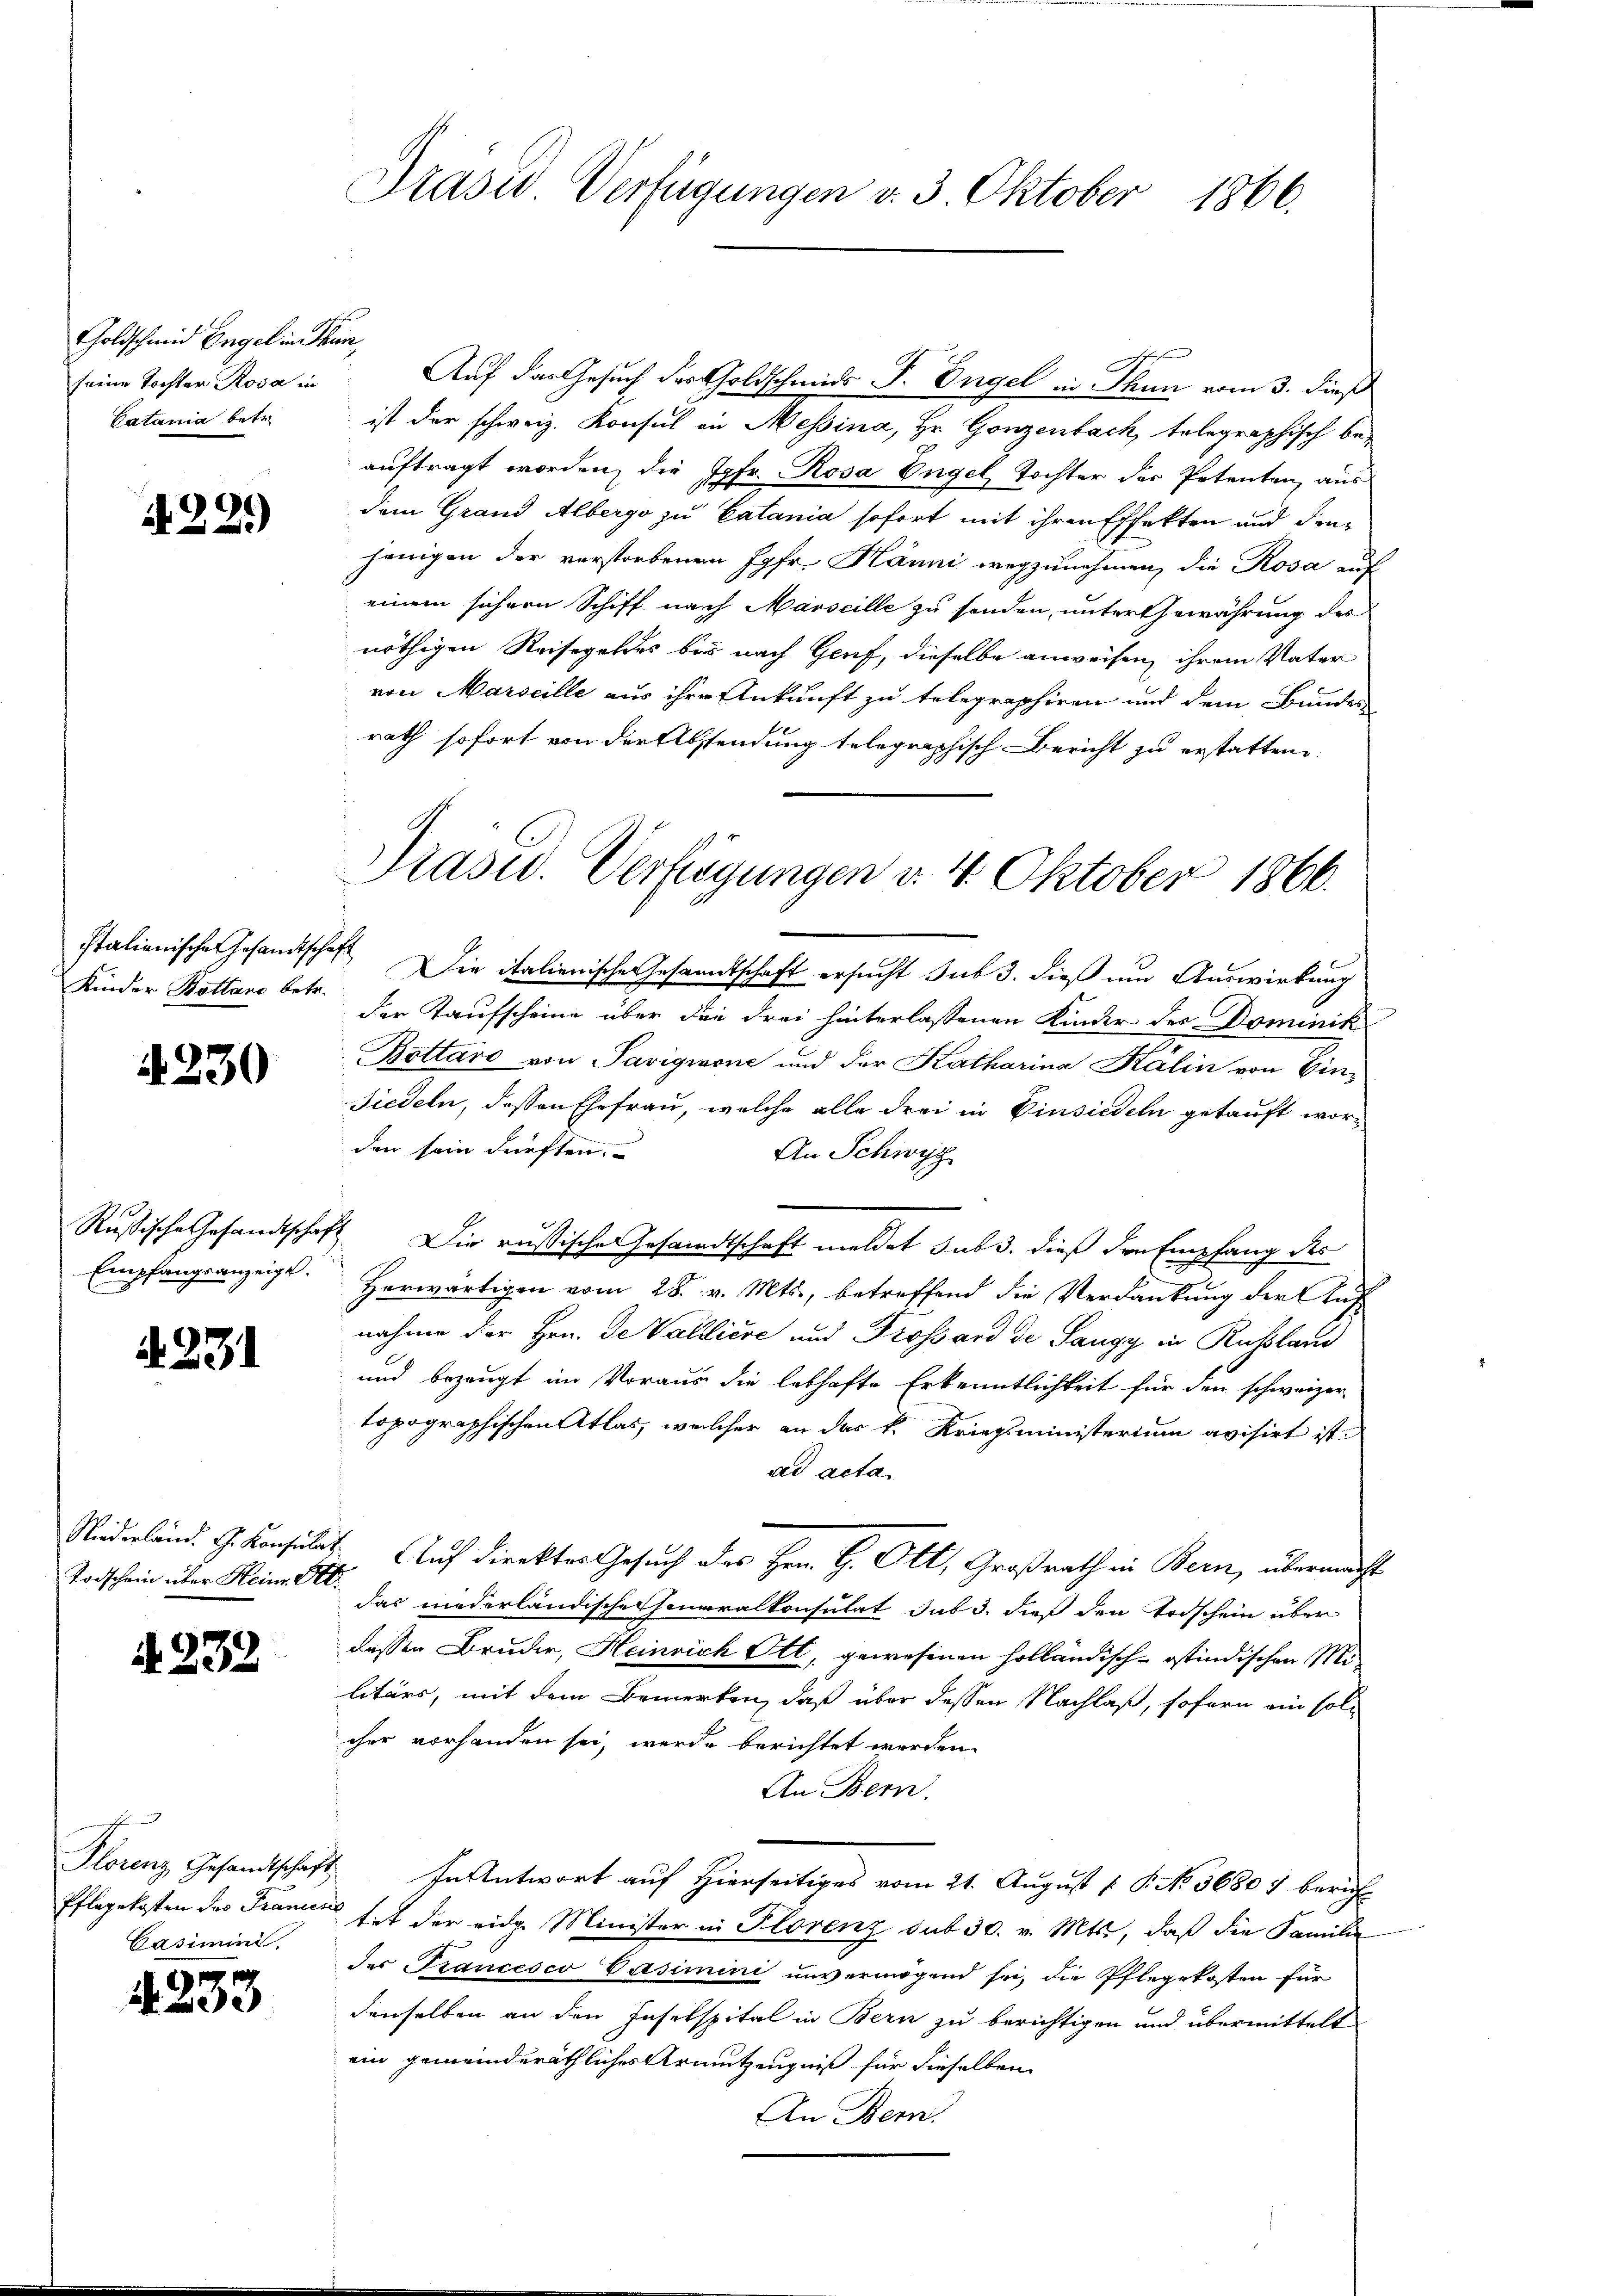
Goldschmid Engel in Thun,
seine Tochter Rosa in
Catania betr.

22.)

Kinder Bottano betr.

4230

Empfangsanzeigt.

A 231

Todschein über Heine Art.

d. 232

Plorenz Gesandtschaft
Pflegekosten des Frances
Casimini

1
 33

Präsid. Verfügungen v. 3. Oktober 1866.

Auf das Gesuch der Goldschmids P. Engel in Thun vom 3. dieß
ist der schweiz. Konsul in Messina, Hr. Gonzenbach, telegraphisch beauftragt worden, die Jgfr. Rosa Engel, Tochter der Petenten, aus
dem Grand Albergo zu Catania sofort mit ihren Effekten und diejenigen der verstorbenen Jgfr. Hänni wegzunehmen, die Rosa auf
einem sichern Schiff nach Marseille zu senden, unter Gewährung des
nöthigen Reisegeldes bei nach Genf, dieselbe anweisen, ihrem Vater
von Marseille aus ihre Ankunft zu telegraphiren und dem Bundes-
rath sofort von der Absendung telegraphisch Bericht zu erstatten
Italianischer Gesandtschaft Die italienische Gesandtschaft ersucht sub 3. dieß um Auswirkung
der Kaufscheine über die drei hinterlassenen Kinder des Dominik
Bottaro von Savignone und der Katharina Kalin von Ein¬
Fiedeln, dessen Ehefrau, welche alle drei in Einsiedeln gekauft worden sein dürften.
An Schwyz
Russische Gesandtschaft Die russische Gesandtschaft meldet sub 3. dieß den Empfang des
Herwärtigen vom 28. v. Mts., betreffend die Verdankung der Auf
nahme der Hrn. De Valliere und Drossard de Sangy in Russland
und bezeugt im Voraus die lebhafte Erkenntlichkeit für den schweizer
topographischen Atlas, welcher an das k. Kriegsministerium avisirt ist.
ad acta.
Niderländ. G. Konsulat. Auf Direktor Gesuch des Hrn. H. Ott, Großrath in Bern, übermacht
das niederländischeheneralkonsulat sub 3. dieß den Todschein über
dessen Bruder, Heinrich Ott, gewesenen holländisch-ostindischen Mi
litärs, mit dem Bemerken, daß über dessen Nachlaß, sofern ein solcher vorhanden sei, werde berichtet werden.
An Bern.
In Antwort auf Hierseitiges vom 21. August [ P. No. 36807 berich-
 tat der eidg. Minister in Plorenz sub 30. v. Mts., daß die Familie
des Trancesco Vasimini unvermögend sei, die Pflegekosten für
denselben an den Inselspital in Bern zu berichtigen und übermittelt
ein gemeinderäthliches Armutzeugniß für dieselben
An Bern.

Präsid.. Verfügungen v. 4. Oktober 1866.